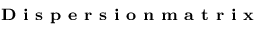
\textbf { \footnotesize D i s p e r s i o n m a t r i x }